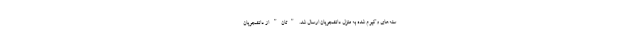
سته‌های وکیوم شده به منزل دانشجویان ارسال شد. "تان" از دانشجویان